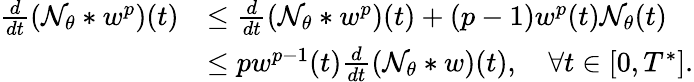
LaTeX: \begin{array}{rl}{\frac{d}{dt}(\mathcal{N}_{\theta}*w^{p})(t)}&{\leq\frac{d}{dt}(\mathcal{N}_{\theta}*w^{p})(t)+(p-1)w^{p}(t)\mathcal{N}_{\theta}(t)}\\ &{\leq pw^{p-1}(t)\frac{d}{dt}(\mathcal{N}_{\theta}*w)(t),\quad\forall t\in[0,T^{*}].}\end{array}